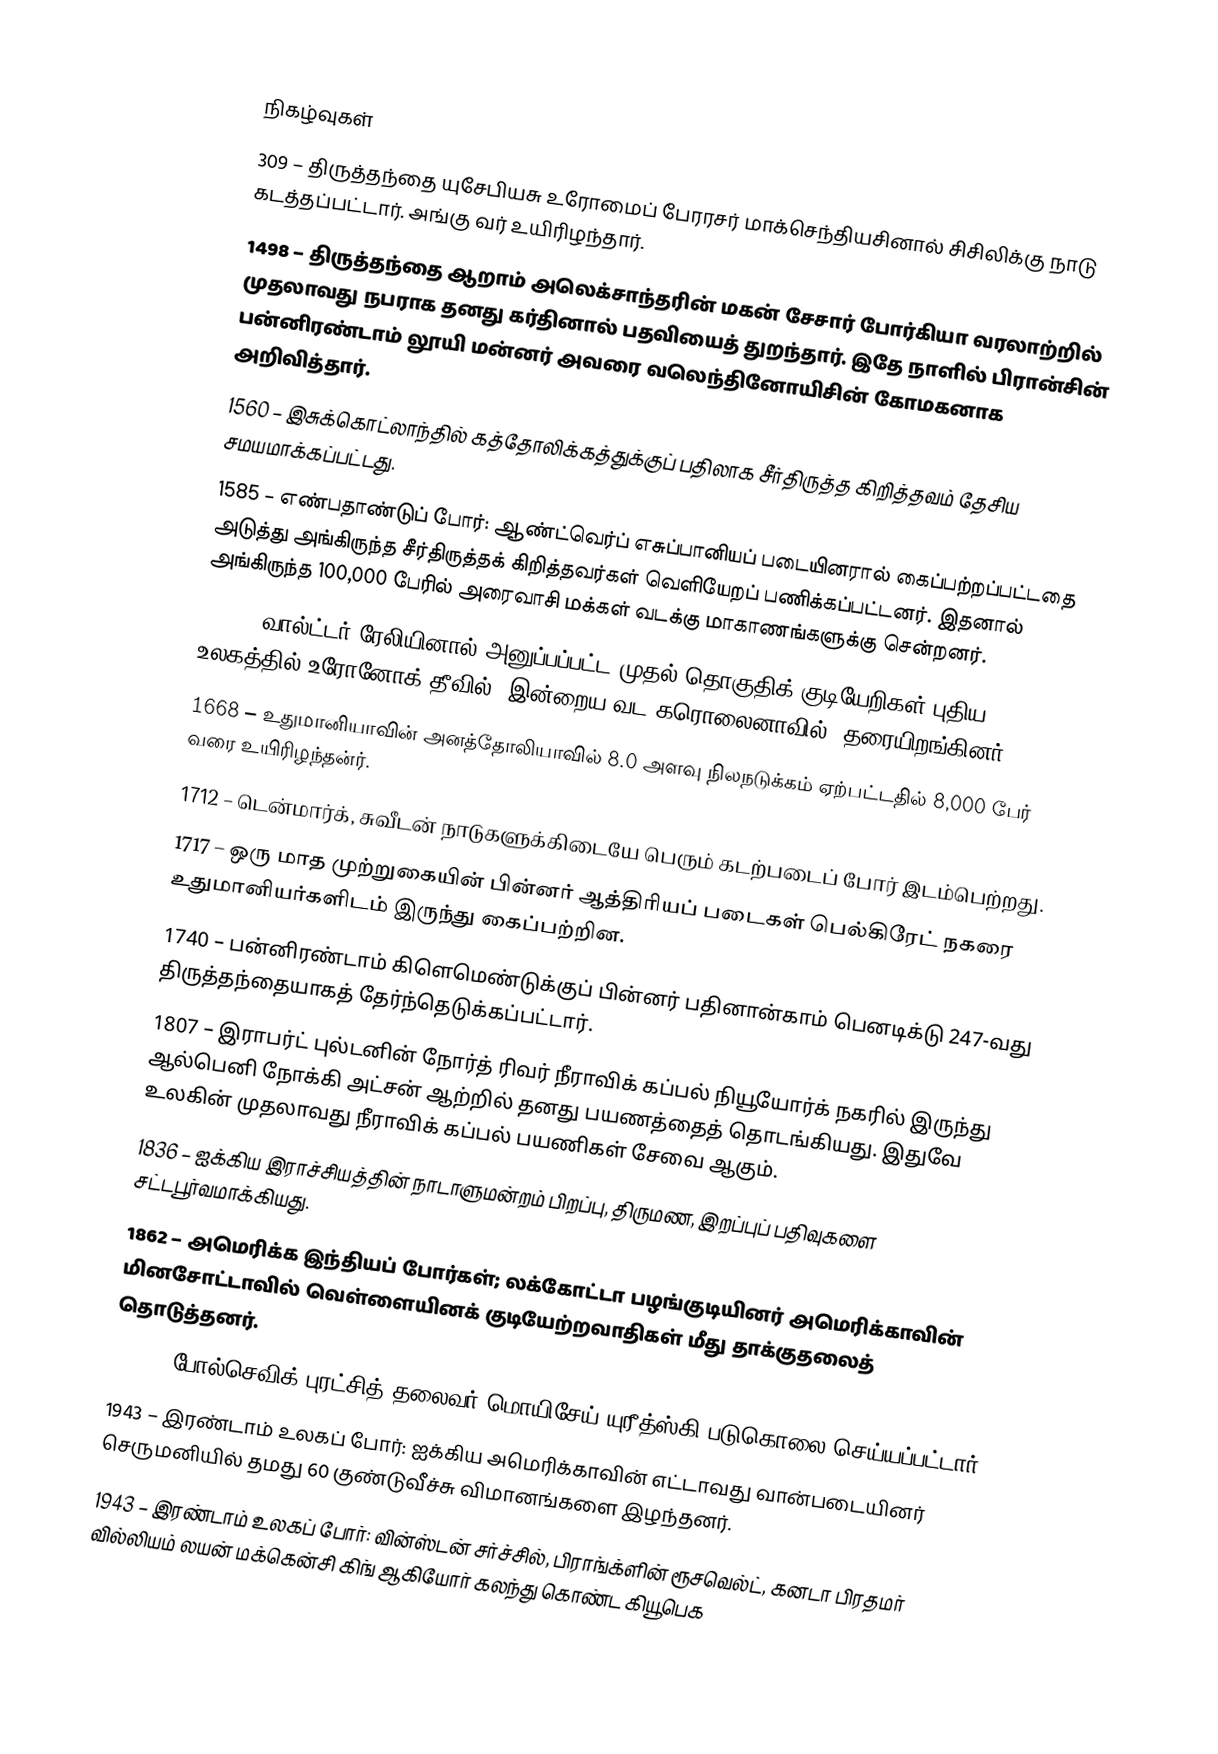

நிகழ்வுகள்
309 – திருத்தந்தை யுசேபியசு உரோமைப் பேரரசர் மாக்செந்தியசினால் சிசிலிக்கு நாடு கடத்தப்பட்டார். அங்கு வர் உயிரிழந்தார்.
1498 – திருத்தந்தை ஆறாம் அலெக்சாந்தரின் மகன் சேசார் போர்கியா வரலாற்றில் முதலாவது நபராக தனது கர்தினால் பதவியைத் துறந்தார். இதே நாளில் பிரான்சின் பன்னிரண்டாம் லூயி மன்னர் அவரை வலெந்தினோயிசின் கோமகனாக அறிவித்தார்.
1560 – இசுக்கொட்லாந்தில் கத்தோலிக்கத்துக்குப் பதிலாக சீர்திருத்த கிறித்தவம் தேசிய சமயமாக்கப்பட்டது.
1585 – எண்பதாண்டுப் போர்: ஆண்ட்வெர்ப் எசுப்பானியப் படையினரால் கைப்பற்றப்பட்டதை அடுத்து அங்கிருந்த சீர்திருத்தக் கிறித்தவர்கள் வெளியேறப் பணிக்கப்பட்டனர். இதனால் அங்கிருந்த 100,000 பேரில் அரைவாசி மக்கள் வடக்கு மாகாணங்களுக்கு சென்றனர்.
1585 – வால்ட்டர் ரேலியினால் அனுப்பப்பட்ட முதல் தொகுதிக் குடியேறிகள் புதிய உலகத்தில் உரோனோக் தீவில் (இன்றைய வட கரொலைனாவில்) தரையிறங்கினர்.
1668 –  உதுமானியாவின் அனத்தோலியாவில் 8.0 அளவு நிலநடுக்கம் ஏற்பட்டதில் 8,000 பேர் வரை உயிரிழந்தன்ர்.
1712 – டென்மார்க், சுவீடன் நாடுகளுக்கிடையே பெரும் கடற்படைப் போர் இடம்பெற்றது.
1717 – ஒரு மாத முற்றுகையின் பின்னர் ஆத்திரியப் படைகள் பெல்கிரேட் நகரை உதுமானியர்களிடம் இருந்து கைப்பற்றின.
1740 – பன்னிரண்டாம் கிளெமெண்டுக்குப் பின்னர் பதினான்காம் பெனடிக்டு 247-வது திருத்தந்தையாகத் தேர்ந்தெடுக்கப்பட்டார்.
1807 – இராபர்ட் புல்டனின் நோர்த் ரிவர் நீராவிக் கப்பல் நியூயோர்க் நகரில் இருந்து ஆல்பெனி நோக்கி அட்சன் ஆற்றில் தனது பயணத்தைத் தொடங்கியது. இதுவே உலகின் முதலாவது நீராவிக் கப்பல் பயணிகள் சேவை ஆகும்.
1836 – ஐக்கிய இராச்சியத்தின் நாடாளுமன்றம் பிறப்பு, திருமண, இறப்புப் பதிவுகளை சட்டபூர்வமாக்கியது.
1862 – அமெரிக்க இந்தியப் போர்கள்; லக்கோட்டா பழங்குடியினர் அமெரிக்காவின் மினசோட்டாவில் வெள்ளையினக் குடியேற்றவாதிகள் மீது தாக்குதலைத் தொடுத்தனர்.
1918 – போல்செவிக் புரட்சித் தலைவர் மொயிசேய் யுரீத்ஸ்கி படுகொலை செய்யப்பட்டார்.
1943 – இரண்டாம் உலகப் போர்: ஐக்கிய அமெரிக்காவின் எட்டாவது வான்படையினர் செருமனியில் தமது 60 குண்டுவீச்சு விமானங்களை இழந்தனர்.
1943 – இரண்டாம் உலகப் போர்: வின்ஸ்டன் சர்ச்சில், பிராங்க்ளின் ரூசவெல்ட், கனடா பிரதமர் வில்லியம் லயன் மக்கென்சி கிங் ஆகியோர் கலந்து கொண்ட கியூபெக